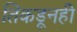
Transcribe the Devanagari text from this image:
तिकडूनही